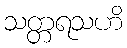
သတ္တရသဟိ